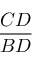
\frac { C D } { B D }